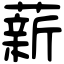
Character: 薪